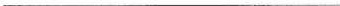
___